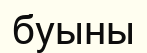
буыны